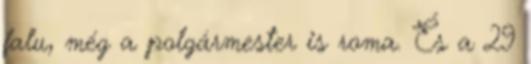
falu, még a polgármester is roma. És a 29